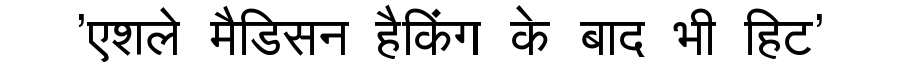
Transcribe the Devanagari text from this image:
'एशले मैडिसन हैकिंग के बाद भी हिट'